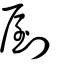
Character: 剭